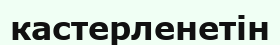
кастерленетін